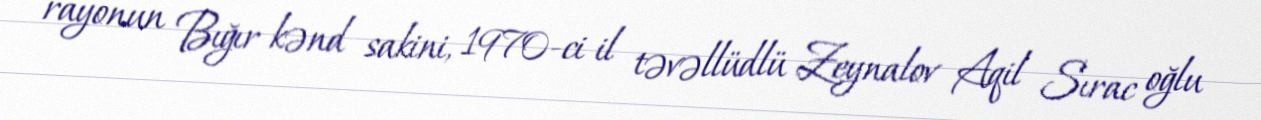
rayonun Bığır kənd sakini, 1970-ci il təvəllüdlü Zeynalov Aqil Sırac oğlu